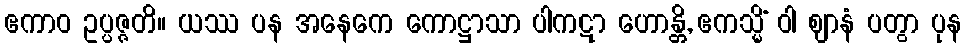
ဧကာဝ ဥပ္ပဇ္ဇတိ။ ယဿ ပန အနေကေ ကောဋ္ဌာသာ ပါကဋာ ဟောန္တိ, ဧကသ္မိံ ဝါ ဈာနံ ပတွာ ပုန